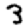
Digit: 3